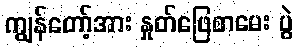
ကျွန်တော့်အား နှုတ်ဖြေစာမေး ပွဲ